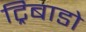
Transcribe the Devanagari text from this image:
ट्रिबाडो